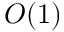
O ( 1 )